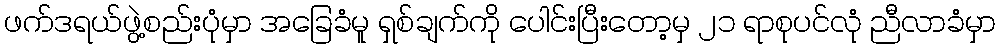
ဖက်ဒရယ်ဖွဲ့စည်းပုံမှာ အခြေခံမူ ရှစ်ချက်ကို ပေါင်းပြီးတော့မှ ၂၁ ရာစုပင်လုံ ညီလာခံမှာ